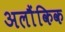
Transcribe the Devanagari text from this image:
अलौंकिक